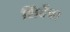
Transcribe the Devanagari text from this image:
शिंदेंचा